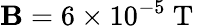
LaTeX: \mathbf{B}=6\times10^{-5}\mathrm{{~T~}}